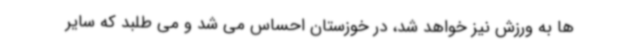
ها به ورزش نیز خواهد شد، در خوزستان احساس می شد و می طلبد که سایر